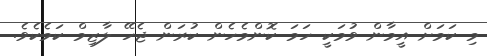
މި ކަމަށް އީމާން ވުމަކީ ހަމަ ކޮންމެހެން ކުރަން ޖެހޭ ލާޒިމް ކަމެކެވެ.